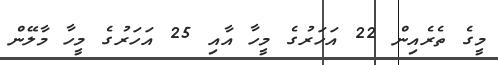
މީގެ ތެރެއިން 22 އަހަރުގެ މީހާ އާއި 25 އަހަރުގެ މީހާ މާލޭން